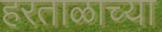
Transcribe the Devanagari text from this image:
हरताळाच्या